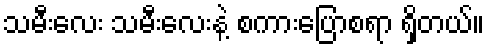
သမီးလေး သမီးလေးနဲ့ စကားပြောစရာ ရှိတယ်။